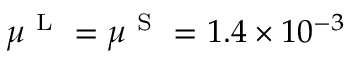
\mu ^ { \mathrm { ~ L ~ } } = \mu ^ { \mathrm { ~ S ~ } } = 1 . 4 \times 1 0 ^ { - 3 }